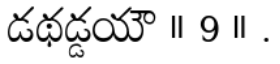
డథడ్డయౌ ॥ 9 ॥ .